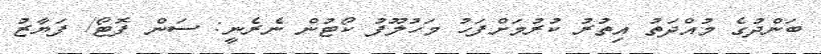
ބަންދުގެ މުއްދަތު އިތުރު ކުރުމަށްފަހު މަހުލޫފު ކޯޓުން ނެރެނީ: ސަން ފޮޓޯ/ ފަޔާޒު